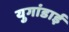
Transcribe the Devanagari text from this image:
युगांडाई